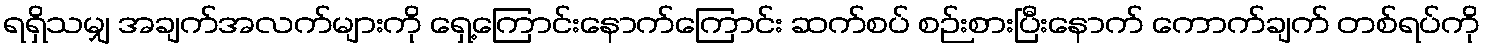
ရရှိသမျှ အချက်အလက်များကို ရှေ့ကြောင်းနောက်ကြောင်း ဆက်စပ် စဉ်းစားပြီးနောက် ကောက်ချက် တစ်ရပ်ကို